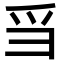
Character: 𪺍